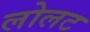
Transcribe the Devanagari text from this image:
लोलट